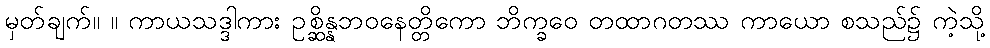
မှတ်ချက်။ ။ ကာယသဒ္ဒါကား ဥစ္ဆိန္နဘဝနေတ္တိကော ဘိက္ခဝေ တထာဂတဿ ကာယော စသည်၌ ကဲ့သို့